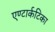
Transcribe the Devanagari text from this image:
एण्टार्कटिका